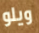
ويلو